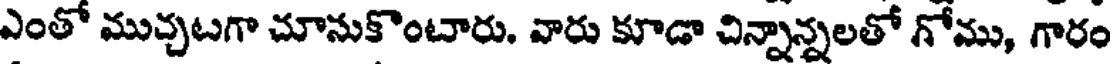
ఎంతో ముచ్చటగా చూనుకొంటారు. వారు కూడా చిన్నాన్నలతో గోము, గారం